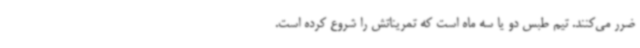
ضرر می‌کنند. تیم طبس دو یا سه ماه است که تمریناتش را شروع کرده است.